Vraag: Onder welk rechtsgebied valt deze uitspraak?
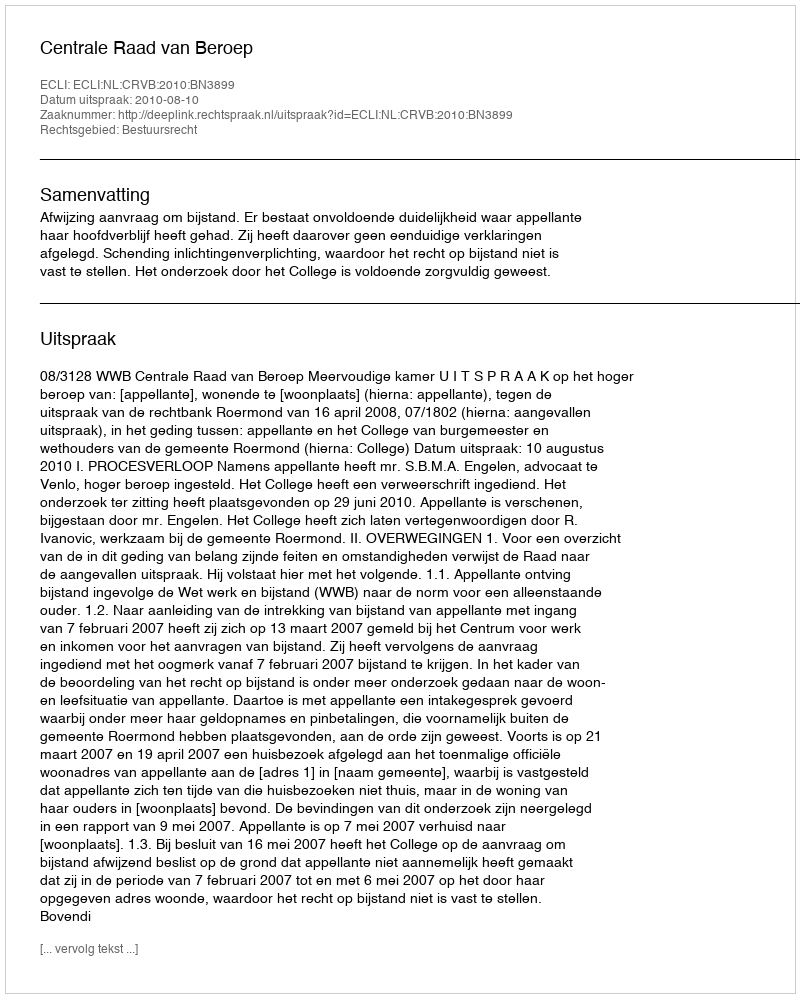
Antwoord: Bestuursrecht